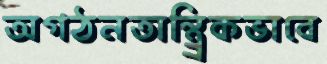
অগঠনতান্ত্র্রিকভাবে